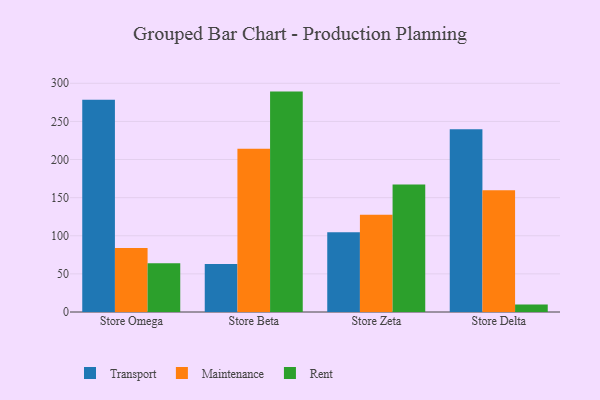
{"axis": {"x": "Store", "y": "Market Share (%)"}, "legend": ["Maintenance", "Rent", "Transport"], "data": [{"x": "Store Omega", "y": 278.4, "type": "Transport"}, {"x": "Store Omega", "y": 83.9, "type": "Maintenance"}, {"x": "Store Omega", "y": 64.1, "type": "Rent"}, {"x": "Store Beta", "y": 63.1, "type": "Transport"}, {"x": "Store Beta", "y": 214.0, "type": "Maintenance"}, {"x": "Store Beta", "y": 289.1, "type": "Rent"}, {"x": "Store Zeta", "y": 104.7, "type": "Transport"}, {"x": "Store Zeta", "y": 127.7, "type": "Maintenance"}, {"x": "Store Zeta", "y": 167.2, "type": "Rent"}, {"x": "Store Delta", "y": 239.8, "type": "Transport"}, {"x": "Store Delta", "y": 159.6, "type": "Maintenance"}, {"x": "Store Delta", "y": 10.0, "type": "Rent"}]}